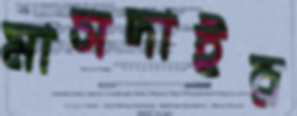
মাসদাইর